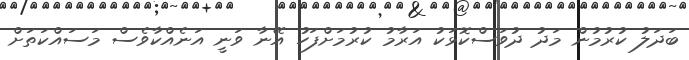
ބަދަލު ކުރުމުން މަދު ދުވަސްކޮޅަކު އަރާމު ކުރުމަށްފަހު އޭނާ ވަނީ އަނެއްކާވެސް މަސައްކަތަށް